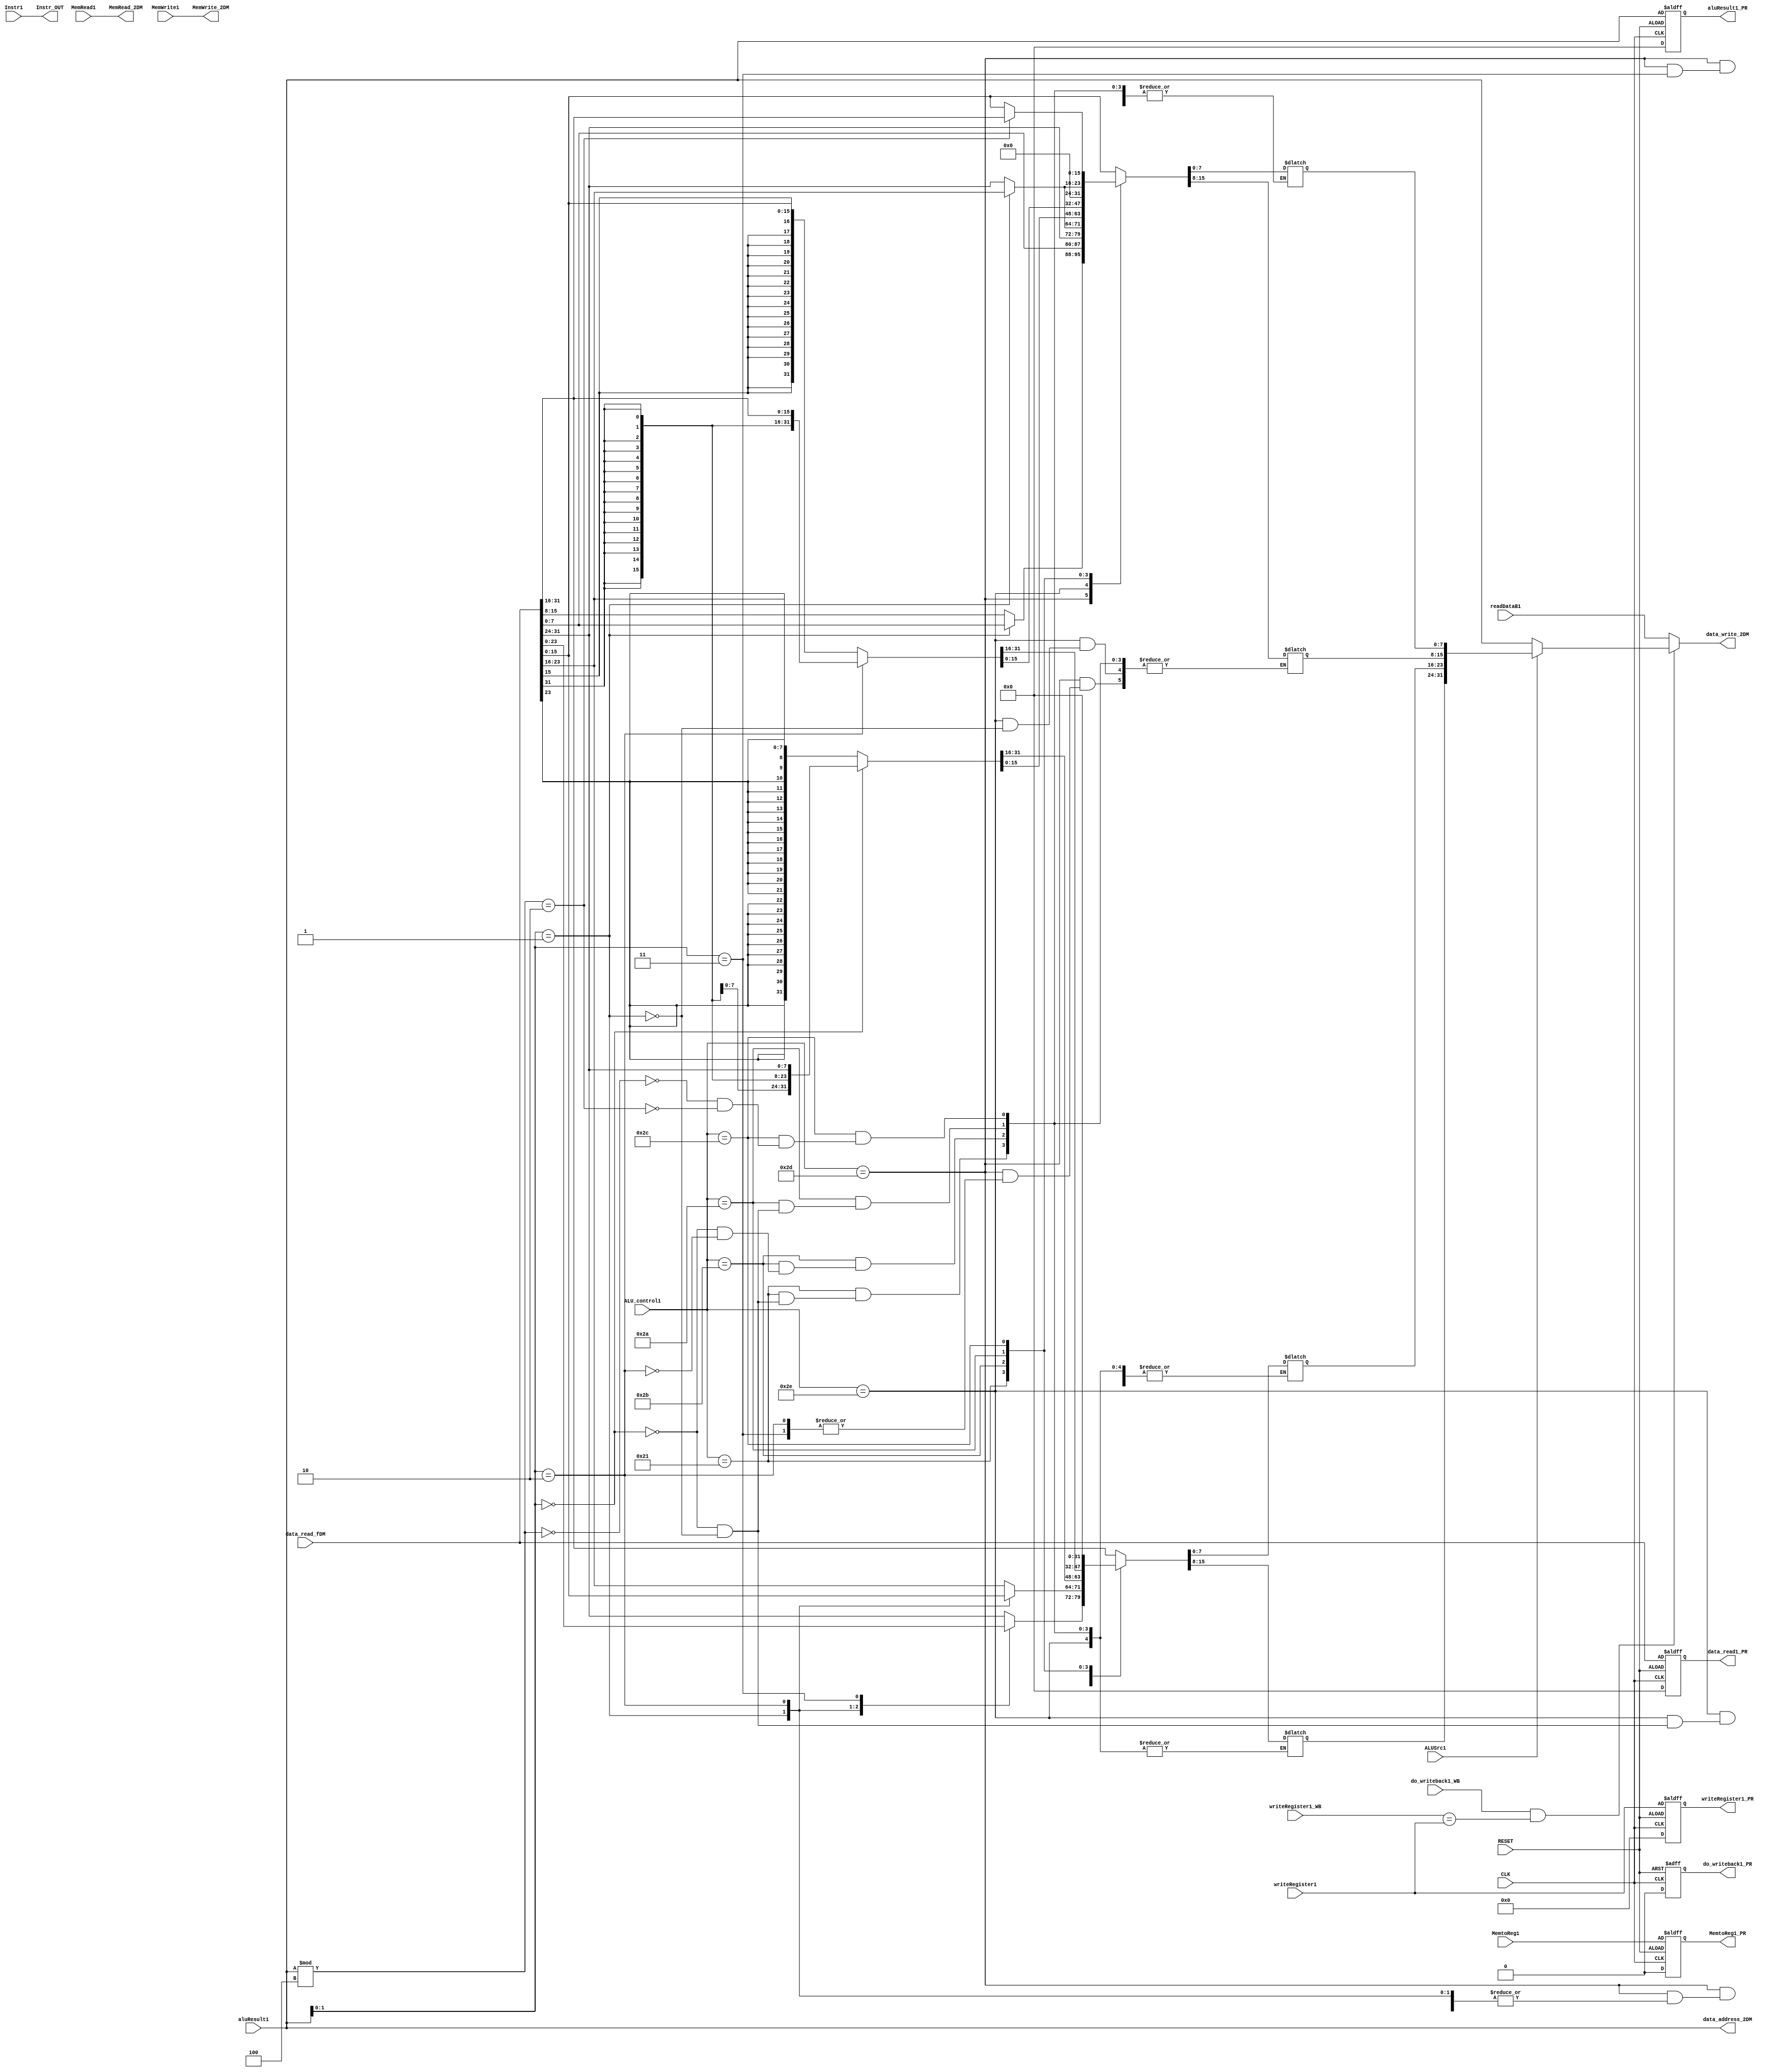
module MEM (	CLK, 
		RESET,
		ALUSrc1,
		Instr1,
		Instr_OUT,
		writeRegister1_WB, 
		do_writeback1_WB,
		//Dest_Value1,
		readDataB1,
		//Data1_2ID,
		do_writeback1_PR, 
		//do_writeback1,
		writeRegister1, 
		writeRegister1_PR, 
		data_write_2DM,
		data_address_2DM,
		MemRead_2DM,
		MemWrite_2DM,
		data_read_fDM,
		MemtoReg1, 
		MemtoReg1_PR, 
		MemRead1, 
		MemWrite1, 
		ALU_control1, 
		aluResult1, 
		aluResult1_PR, 
		data_read1_PR
		);

   output reg    [31: 0] aluResult1_PR;
   output reg    [31: 0] data_read1_PR;
   output reg    [31: 0] data_write_2DM;
   output reg    [31: 0] data_address_2DM;
   output reg    [31: 0] Instr_OUT;
  // output reg    [31: 0] Data1_2ID;
   output reg    [ 4: 0] writeRegister1_PR;
   output reg            MemtoReg1_PR;
   output reg            do_writeback1_PR;
   output reg	         MemRead_2DM;
   output reg            MemWrite_2DM;   

   input         [31: 0] aluResult1;
   input         [31: 0] data_read_fDM;
  // input         [31: 0] Dest_Value1;
   input         [31: 0] readDataB1;
   input         [31: 0] Instr1;
   input         [ 5: 0] ALU_control1;
   input         [ 4: 0] writeRegister1_WB;
   input         [ 4: 0] writeRegister1;
   input                 ALUSrc1;
   input                 do_writeback1_WB;
   //input                 do_writeback1;
   input                 CLK;
   input                 RESET;
   //input                 MemtoReg1;
   input                 MemRead1;
   input                 MemWrite1;
   input  MemtoReg1;

   reg         [31: 0] data_read_aligned;
   wire         [31: 0] Dest_Value;
   wire         [31: 0] aluResult;
   wire         [31: 0] readDataB;
   wire         [31: 0] writeData1_WB;
   wire         [31: 0] Instr;
   wire         [ 5: 0] ALU_control;
   wire                 MemRead;
   wire                 MemWrite;
   wire                 select1_WB;
   


   // TA: bypassing is missing here!

 assign	ALU_control = ALU_control1;
 assign	aluResult = aluResult1;
  assign select1_WB = (do_writeback1_WB&&(writeRegister1_WB==(writeRegister1)))/*&&(!ALUSrc1)/**/;
   assign writeData1_WB = (ALUSrc1)? data_read_aligned: aluResult1;
   
   always
     begin
      //  data_read_aligned = writeData2_WB; (not sure what this does...but involves second instruction.
   Instr_OUT = Instr1;
   MemRead_2DM = MemRead1;
   MemWrite_2DM = (MemWrite1);
   data_write_2DM = ((select1_WB)?writeData1_WB:(readDataB1));
   data_address_2DM = aluResult1;
   

	
	       case(ALU_control)
        		6'b101101: begin //LWX
                        	case( aluResult[1:0] )
                       	   		0:  data_read_aligned = data_read_fDM;
                      	        	1:  data_read_aligned[31:8] = data_read_fDM[23:0];
                       	        	2:  data_read_aligned[31:16] = data_read_fDM[15:0];
                       	        	3:  data_read_aligned[31:24] = data_read_fDM[7:0];
               		        endcase
                        end
                	6'b101110: begin //LWX
                    		case( aluResult[1:0] )
                     		   	0:  data_read_aligned[7:0] = data_read_fDM[31:24];
                        		1:  data_read_aligned[15:0] = data_read_fDM[31:16];
                    		endcase
                	end
                	6'b100001: begin //LB
                		case( aluResult[1:0] )
					1: data_read_aligned={{24{data_read_fDM[23]}},data_read_fDM[23:16]};
					0: data_read_aligned={{24{data_read_fDM[31]}},data_read_fDM[31:24]};
					default: begin end
		    		endcase
      	         	end
         	        6'b101011: begin //LH
		    		case( aluResult[1:0] )
					0:data_read_aligned={{16{data_read_fDM[15]}},data_read_fDM[15:0]};
					2:data_read_aligned={{16{data_read_fDM[31]}},data_read_fDM[31:16]};
					default: begin end
		    		endcase
                	end
                	6'b101010: begin //LBU
                    		case( aluResult[1:0] )
					0: data_read_aligned={24'b0,data_read_fDM[31:24]};
					1: data_read_aligned={24'b0,data_read_fDM[23:16]};
					default: begin end 
		    		endcase
                	end
                	6'b101100: begin //LHU
		    		case(aluResult%4)
					0:data_read_aligned={16'b0,data_read_fDM[15:0]};
	            			2:data_read_aligned={16'b0,data_read_fDM[31:16]};
					default: begin end
		    		endcase
                	end
                        default: data_read_aligned = data_read_fDM;  
		endcase
     end


    // Pipeline Register 1 (MEM/WB)
   always @ (posedge CLK or posedge RESET)
     begin
       if(RESET == 1'b0)
         begin
           MemtoReg1_PR <= 1'b0;
           writeRegister1_PR <= 5'b0;
           aluResult1_PR <= 32'b0;
           data_read1_PR <= 32'b0;
           do_writeback1_PR <= 1'b0;
         end
       else
         begin
           MemtoReg1_PR <= MemtoReg1;
           writeRegister1_PR <= writeRegister1;
           aluResult1_PR <= aluResult1;
           data_read1_PR <= data_read_fDM;
           do_writeback1_PR <= 0;
         end 
     end

endmodule